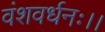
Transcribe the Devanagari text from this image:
वंशवर्धनः।।